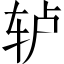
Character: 轳